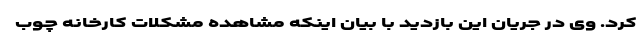
کرد. وی در جریان این بازدید با بیان اینکه مشاهده مشکلات کارخانه چوب